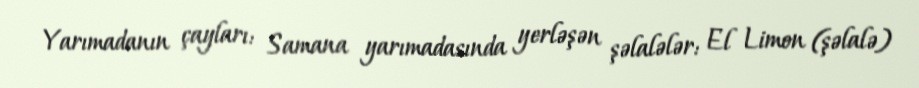
Yarımadanın çayları: Samana yarımadasında yerləşən şəlalələr: El Limon (şəlalə)